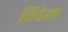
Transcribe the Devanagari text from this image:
विदेशा